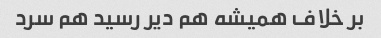
بر خلاف همیشه هم دیر رسید هم سرد